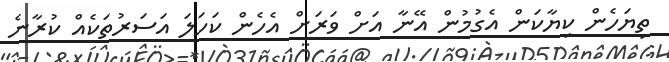
ތިޔަހެން ކިޔާކަން އެގުމުން އޭނާ އަށް ވަރަށް އެހެން ކަހަލަ އަސަރުތަކެއް ކުރާނެ